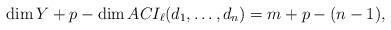
LaTeX: \begin{align*}\dim Y + p - \dim ACI_{\ell } (d_1, \dots,d_n) = m + p - (n-1),\end{align*}